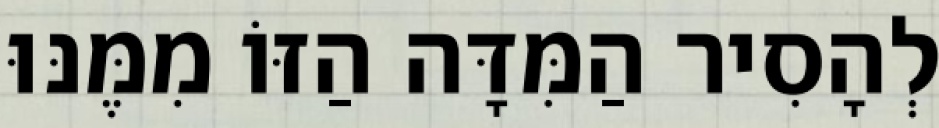
לְהָסִיר הַמִּדָּה הַזּוֹ מִמֶּנּוּ